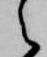
之